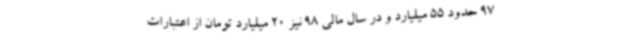
97 حدود 55 میلیارد و در سال مالی 98 نیز 20 میلیارد تومان از اعتبارات